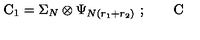
\mathrm { C } _ { 1 } = \Sigma _ { N } \otimes \Psi _ { N ( r _ { 1 } + r _ { 2 } ) } \ ; \qquad \mathrm { C }